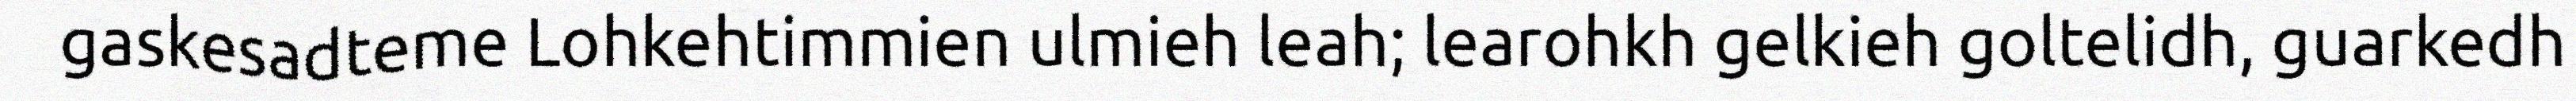
gaskesadteme Lohkehtimmien ulmieh leah; learohkh gelkieh goltelidh, guarkedh